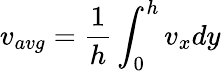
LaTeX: v_{avg}=\frac{1}{h}\int_{0}^{h}v_{x}dy